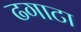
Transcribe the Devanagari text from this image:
ढगाटा